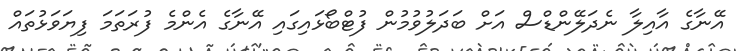
އޭނާގެ އާއިލާ ނެދަލޭންޑްސް އަށް ބަދަލުވުމުން ފުޓްބޯޅައިގައި އޭނާގެ އެންމެ ފުރަތަމަ ފިޔަވަޅުތައް